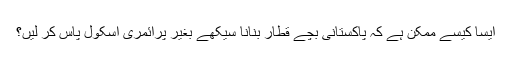
ایسا کیسے ممکن ہے کہ پاکستانی بچے قطار بنانا سیکھے بغیر پرائمری اسکول پاس کر لیں؟